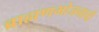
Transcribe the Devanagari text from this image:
ब्राह्मणभोजनाची